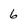
Character: 6